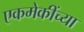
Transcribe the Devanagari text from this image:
एकमेकींच्या